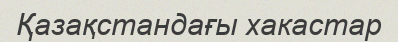
Қазақстандағы хакастар